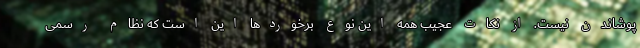
پوشاندن نيست. از نکات عجیب همه این نوع برخوردها این است که نظام رسمی